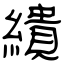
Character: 繢